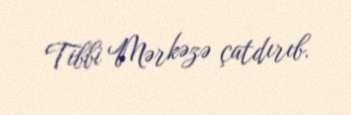
Tibbi Mərkəzə çatdırıb.